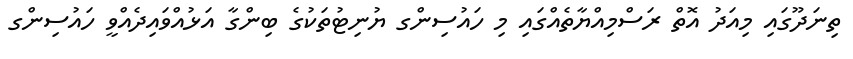
ތިނަދޫގައި މިއަދު އޮތް ރަސްމިއްޔާތެއްގައި މި ހައުސިންގ ޔުނިޓުތަކުގެ ބިންގާ އަޅުއްވައިދެއްވީ ހައުސިންގ